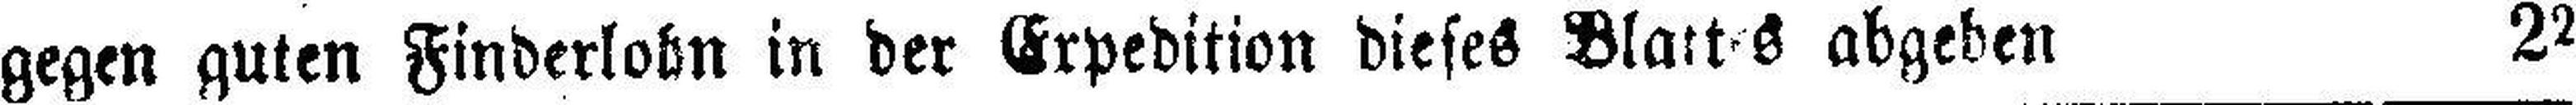
gegen guten Finderlohn in der Expedition dieses Blattes abgeben 22